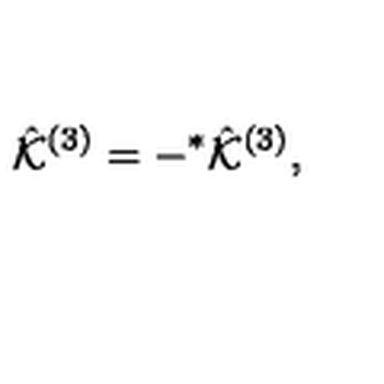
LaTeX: \hat { \cal K } ^ { ( 3 ) } = - { } ^ { * } \hat { \cal K } ^ { ( 3 ) } ,